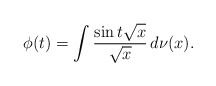
\begin{align*}\phi(t) = \int \frac{\sin{t\sqrt{x}}}{\sqrt{x}}\, d\nu(x) .\end{align*}